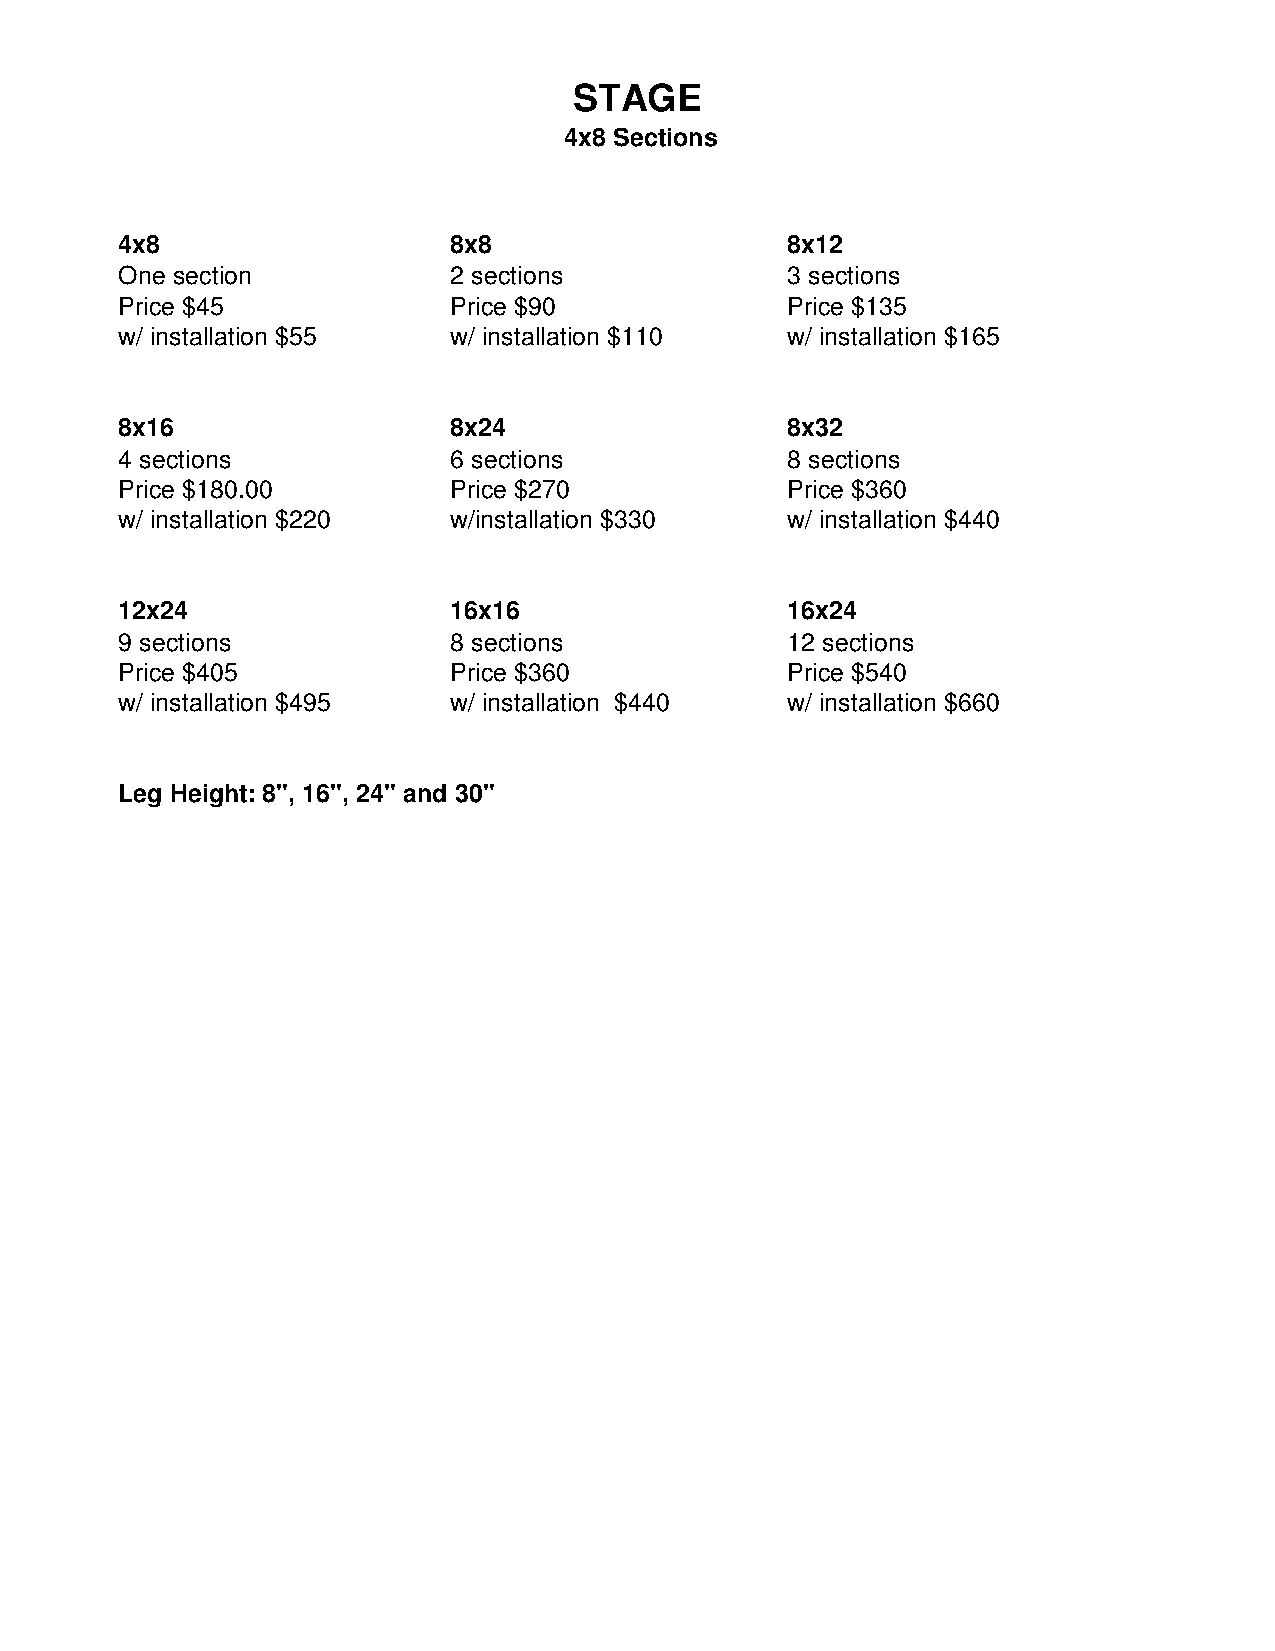
STAGE
 4x8 Sections
 4x8                   8x8                   8x12
 One section           2 sections            3 sections
 Price $45             Price $90             Price $135
 w/ installation $55   w/ installation $110  w/ installation $165
 8x16                  8x24                  8x32
 4 sections            6 sections            8 sections
 Price $180.00         Price $270            Price $360
 w/ installation $220  w/installation $330   w/ installation $440
 12x24                 16x16                 16x24
 9 sections            8 sections            12 sections
 Price $405            Price $360            Price $540
 w/ installation $495  w/ installation $440  w/ installation $660
 Leg Height: 8", 16", 24" and 30"